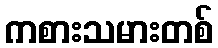
ကစားသမားတစ်